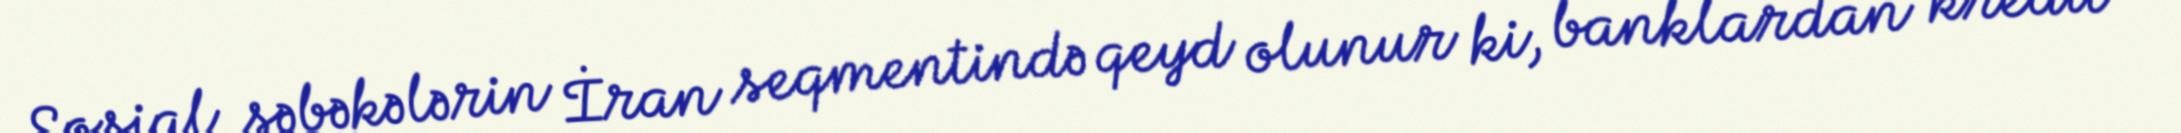
Sosial şəbəkələrin İran seqmentində qeyd olunur ki, banklardan kredit